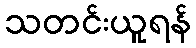
သတင်းယူရန်